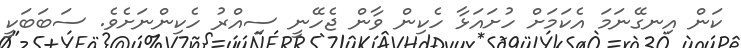
ކަން އިނގޭނަމަ އެކަމަށް ހުށައަޅާ ހެކިން ވާން ޖެހޭނީ ސިއްރު ހެކިންނަށެވެ. ސަބަބަކީ